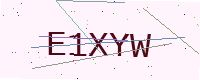
Text: E1XYW